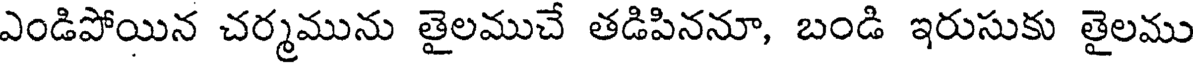
ఎండిపోయిన చర్మమును తైలముచే తడిపిననూ, బండి ఇరుసుకు తైలము